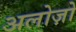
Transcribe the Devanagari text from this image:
अलोज़ो